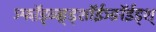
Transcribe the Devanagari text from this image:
ञ्फॉ़ड़्ळ्ङ़्ड्शॉईञ्ङॉईड्श्